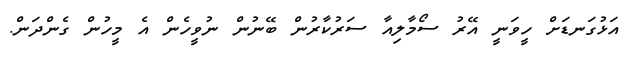
އަޅުގަނޑަށް ހީވަނީ އޭރު ސޯމާލިއާ ސަރުކާރުން ބޭނުން ނުވީހެން އެ މީހުން ގެންދަން.